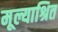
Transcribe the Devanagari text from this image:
मूल्याश्रित